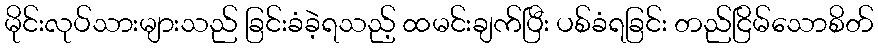
မိုင်းလုပ်သားများသည် ခြင်းခံခဲ့ရသည့် ထမင်းချက်ပြီး ပစ်ခံရခြင်း တည်ငြိမ်သောစိတ်